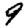
Digit: 9